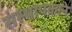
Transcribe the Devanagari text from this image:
संस्थापकाने